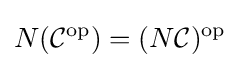
N({\mathcal {C}}^{\mathrm {op} })=(N{\mathcal {C}})^{\mathrm {op} }